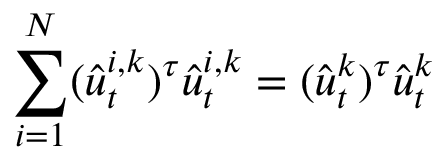
\sum _ { i = 1 } ^ { N } ( \hat { u } _ { t } ^ { i , k } ) ^ { \tau } \hat { u } _ { t } ^ { i , k } = ( \hat { \boldsymbol { u } } _ { t } ^ { k } ) ^ { \tau } \hat { \boldsymbol { u } } _ { t } ^ { k }